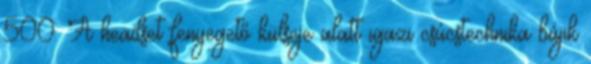
500. A headset fenyegető külseje alatt igazi csúcstechnika bújik